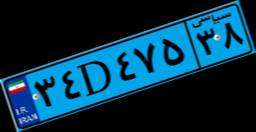
۱۳D۲۲۱۴۶